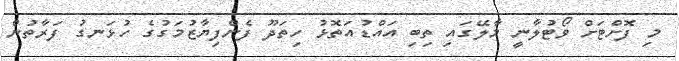
މި ފޮށްޓަށް ވޯޓުލާނީ މާލޭގައި ތިބި އައްޑުއަތޮޅު ހިތަދޫ ފެންފިޔާޒުމަގުގެ ހުޅަނގު ފަރާތުން